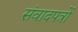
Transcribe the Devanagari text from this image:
संवादपत्रों